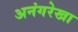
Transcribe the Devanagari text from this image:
अनंगरेखा